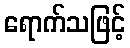
ရောက်သဖြင့်